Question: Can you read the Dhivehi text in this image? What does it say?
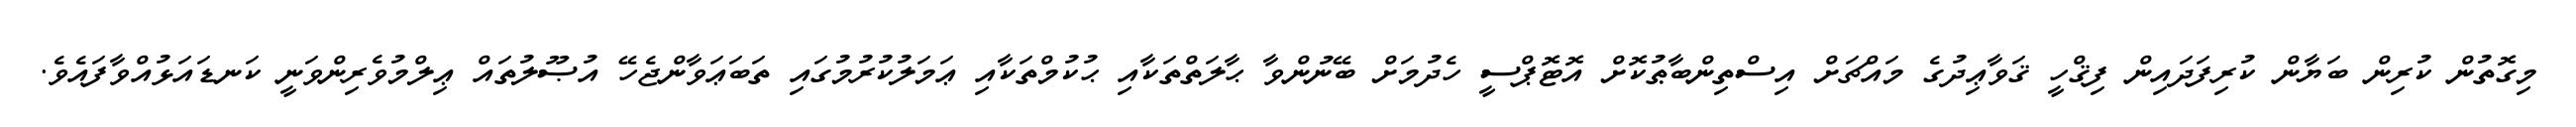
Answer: މިގޮތުން ކުރިން ބަޔާން ކުރިފަދައިން ފިޤްހީ ޤަވާޢިދުގެ މައްޗަށް އިސްތިންބާޠުކޮށް އޮޓޮޕްސީ ހެދުމަށް ބޭނުންވާ ޙާލަތްތަކާއި ޙުކުމްތަކާއި ޢަމަލުކުރުމުގައި ތަބަޢަވާންޖެހޭ އުޞޫލުތައް ޢިލްމުވެރިންވަނީ ކަނޑައަޅުއްވާފައެވެ.